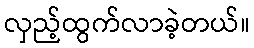
လှည့်ထွက်လာခဲ့တယ်။